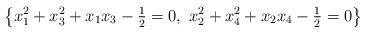
LaTeX: \begin{align*} \left\{ x_1^2 + x_3^2 + x_1 x_3 - \tfrac{1}{2} = 0,\ x_2^2 + x_4^2 + x_2 x_4 - \tfrac{1}{2} = 0 \right\}\end{align*}